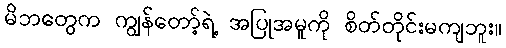
မိဘတွေက ကျွန်တော့်ရဲ့ အပြုအမူကို စိတ်တိုင်းမကျဘူး။